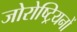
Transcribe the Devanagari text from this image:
जोरोष्ट्रियनों